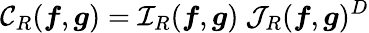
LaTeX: \mathcal{C}_{R}({\boldsymbol f},{\boldsymbol g})=\mathcal{I}_{R}({\boldsymbol f},{\boldsymbol g})\ \mathcal{J}_{R}({\boldsymbol f},\boldsymbol{g})^{D}